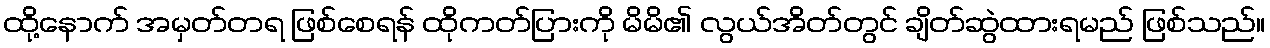
ထို့နောက် အမှတ်တရ ဖြစ်စေရန် ထိုကတ်ပြားကို မိမိ၏ လွယ်အိတ်တွင် ချိတ်ဆွဲထားရမည် ဖြစ်သည်။